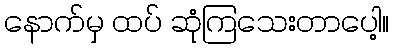
နောက်မှ ထပ် ဆုံကြသေးတာပေါ့။